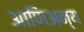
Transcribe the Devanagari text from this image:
आणिअन्य